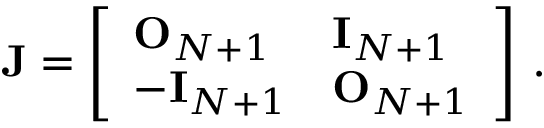
\mathbf { J } = \left[ \begin{array} { l l } { \mathbf { O } _ { N + 1 } } & { \mathbf { I } _ { N + 1 } } \\ { - \mathbf { I } _ { N + 1 } } & { \mathbf { O } _ { N + 1 } } \end{array} \right] \, .